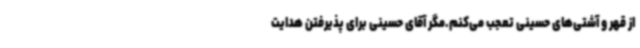
از قهر و آشتی‌های حسینی تعجب می‌کنم.مگر آقای حسینی برای پذیرفتن هدایت